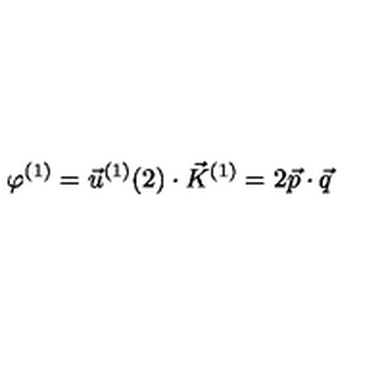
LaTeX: \varphi ^ { ( 1 ) } = \vec { u } ^ { ( 1 ) } ( 2 ) \cdot \vec { K } ^ { ( 1 ) } = 2 \vec { p } \cdot \vec { q }